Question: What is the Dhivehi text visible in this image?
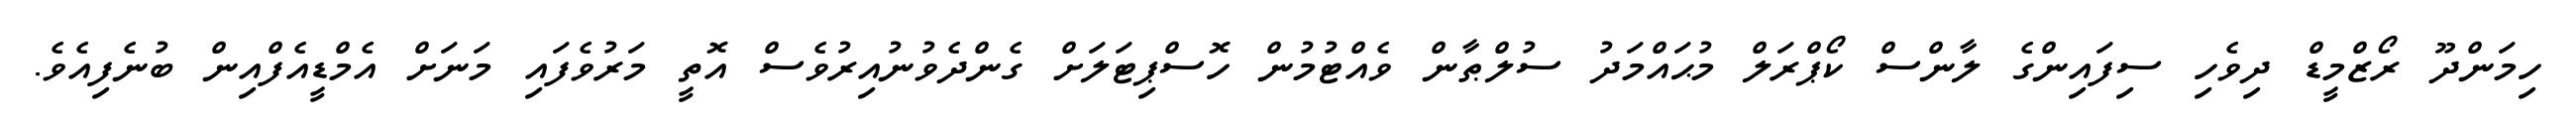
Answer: ހިމަންދޫ ރޯޒްމީޑް ދިވެހި ސިފައިންގެ ލާންސް ކޯޕްރަލް މުޙައްމަދު ސުލްޠާން ވެއްޓުމުން ހޮސްޕިޓަލަށް ގެންދެވުނުއިރުވެސް އޮތީ މަރުވެފައި މަނަށް އެމްޑީއެފްއިން ބުނެފިއެވެ.